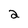
Character: 2